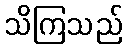
သိကြသည်